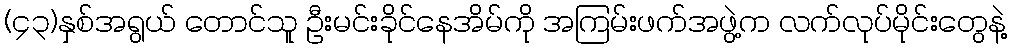
(၄၃)နှစ်အရွယ် တောင်သူ ဦးမင်းခိုင်နေအိမ်ကို အကြမ်းဖက်အဖွဲ့က လက်လုပ်မိုင်းတွေနဲ့